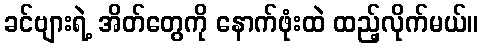
ခင်ဗျားရဲ့ အိတ်တွေကို နောက်ဖုံးထဲ ထည့်လိုက်မယ်။